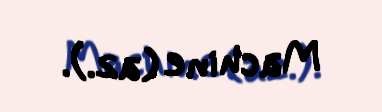
Machine (az.).